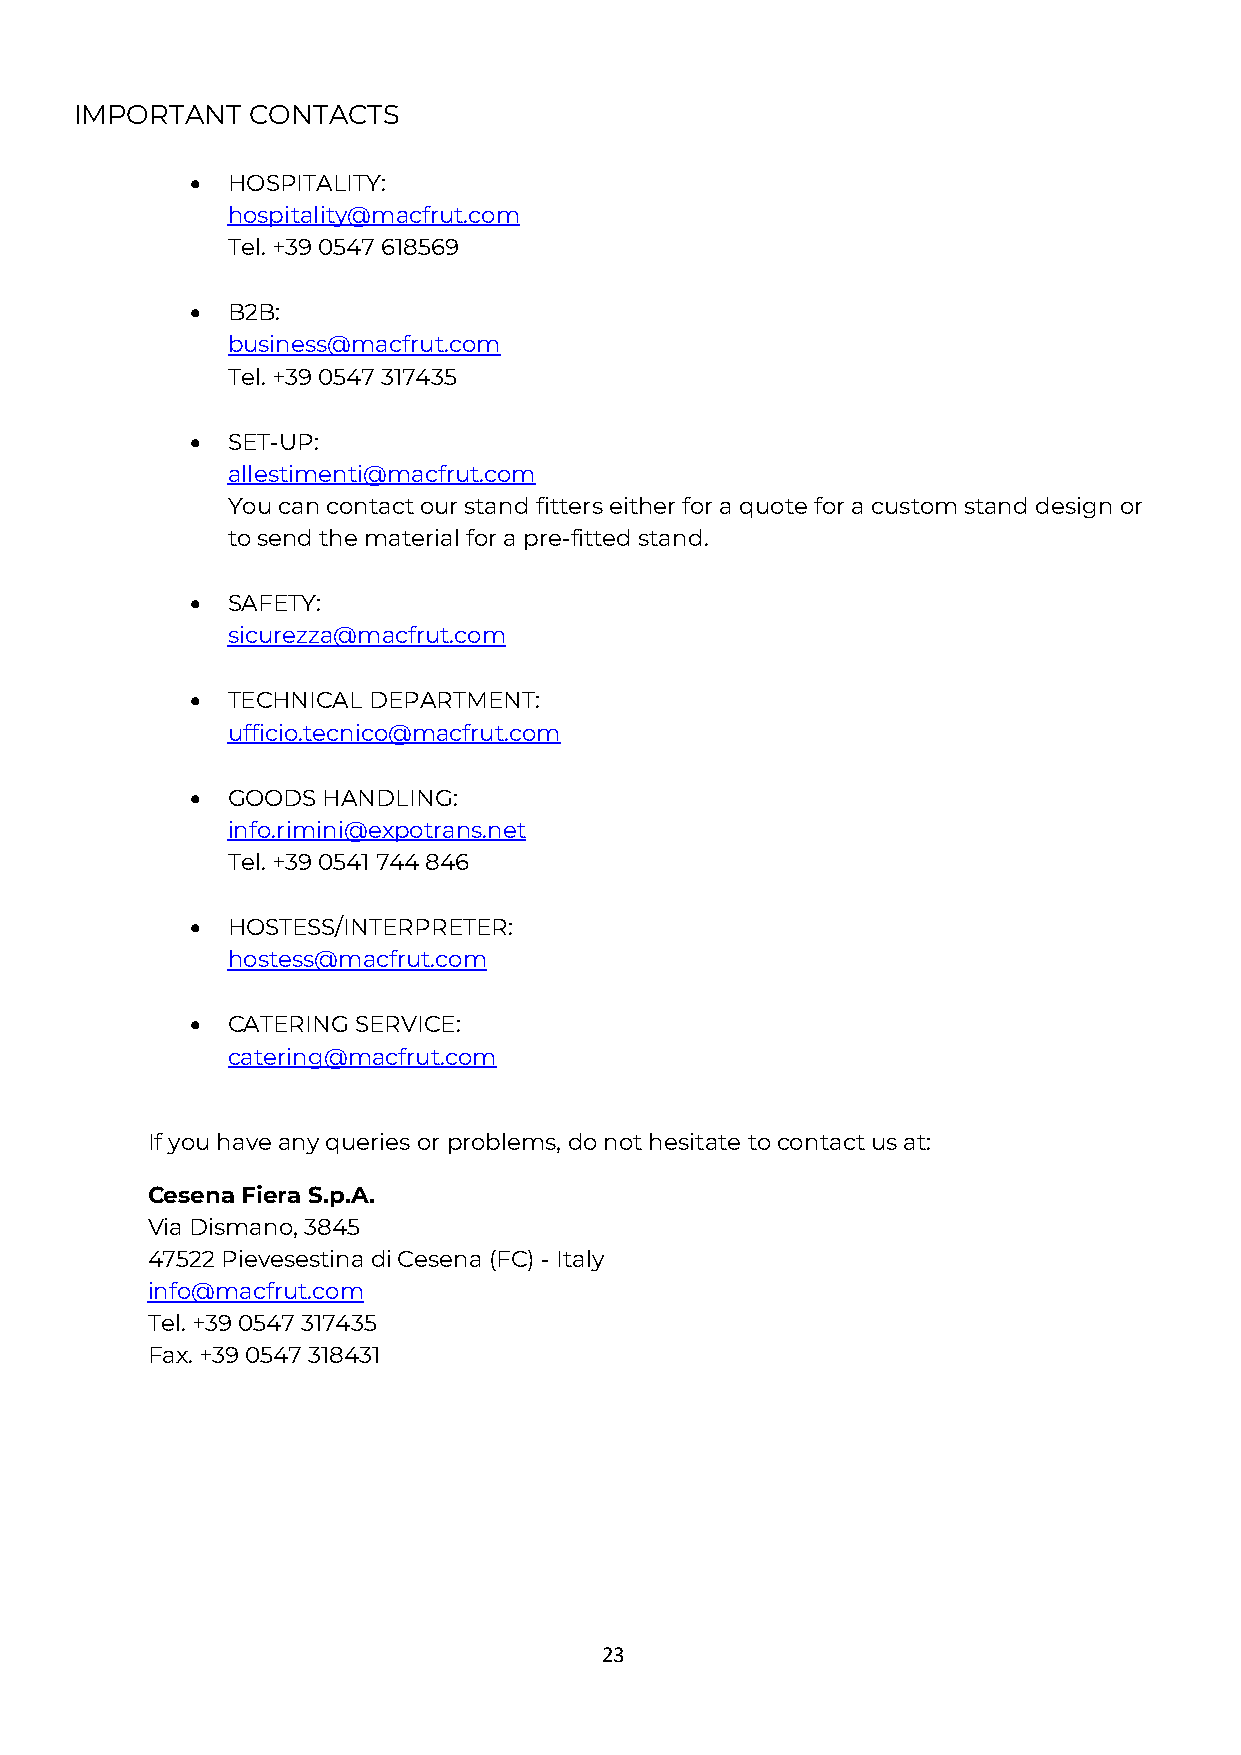
IMPORTANT  CONTACTS
 • HOSPITALITY:
 hospitality@macfrut.com
 Tel. +39 0547 618569
 • B2B:
 business@macfrut.com
 Tel. +39 0547 317435
 • SET-UP:
 allestimenti@macfrut.com
 You can contact our stand fitters either for a quote for a custom stand design or
 to send the material for a pre-fitted stand.
 • SAFETY:
 sicurezza@macfrut.com
 • TECHNICAL DEPARTMENT:
 ufficio.tecnico@macfrut.com
 • GOODS HANDLING:
 info.rimini@expotrans.net
 Tel. +39 0541 744 846
 • HOSTESS/INTERPRETER:
 hostess@macfrut.com
 • CATERING SERVICE:
 catering@macfrut.com
 If you have any queries or problems, do not hesitate to contact us at:
 Cesena Fiera S.p.A.
 Via Dismano, 3845
 47522 Pievesestina di Cesena (FC) - Italy
 info@macfrut.com
 Tel. +39 0547 317435
 Fax. +39 0547 318431
 23